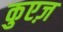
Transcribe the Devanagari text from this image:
कुएज़